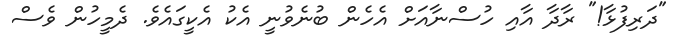
"ދަރިފުޅާ!" ރާދާ އާއި ހުސްނާއަށް އެހެން ބުނެވުނީ އެކު އެކީގައެވެ. ދެމީހުން ވެސް